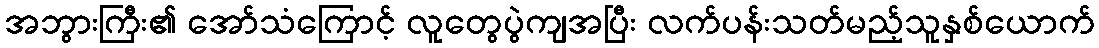
အဘွားကြီး၏ အော်သံကြောင့် လူတွေပွဲကျအပြီး လက်ပန်းသတ်မည့်သူနှစ်ယောက်